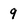
Character: 9